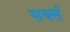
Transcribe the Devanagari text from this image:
सर्क्स